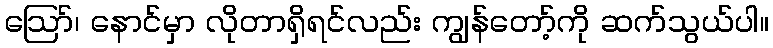
ဪ၊ နောင်မှာ လိုတာရှိရင်လည်း ကျွန်တော့်ကို ဆက်သွယ်ပါ။